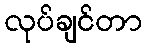
လုပ်ချင်တာ